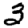
Digit: 3